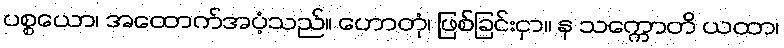
ပစ္စယော၊ အထောက်အပံ့သည်။ ဟောတုံ၊ ဖြစ်ခြင်းငှာ။ န သက္ကောတိ ယထာ၊